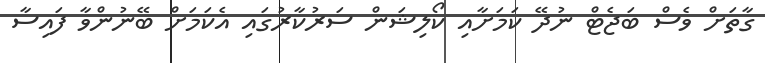
ގާތަށް ވެސް ބަޖެޓް ނުދޭ ކަމަށާއި ކޯލިޝަން ސަރުކާރުގައި އެކަމަށް ބޭނުންވާ ފައިސާ